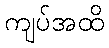
ကျပ်အထိ